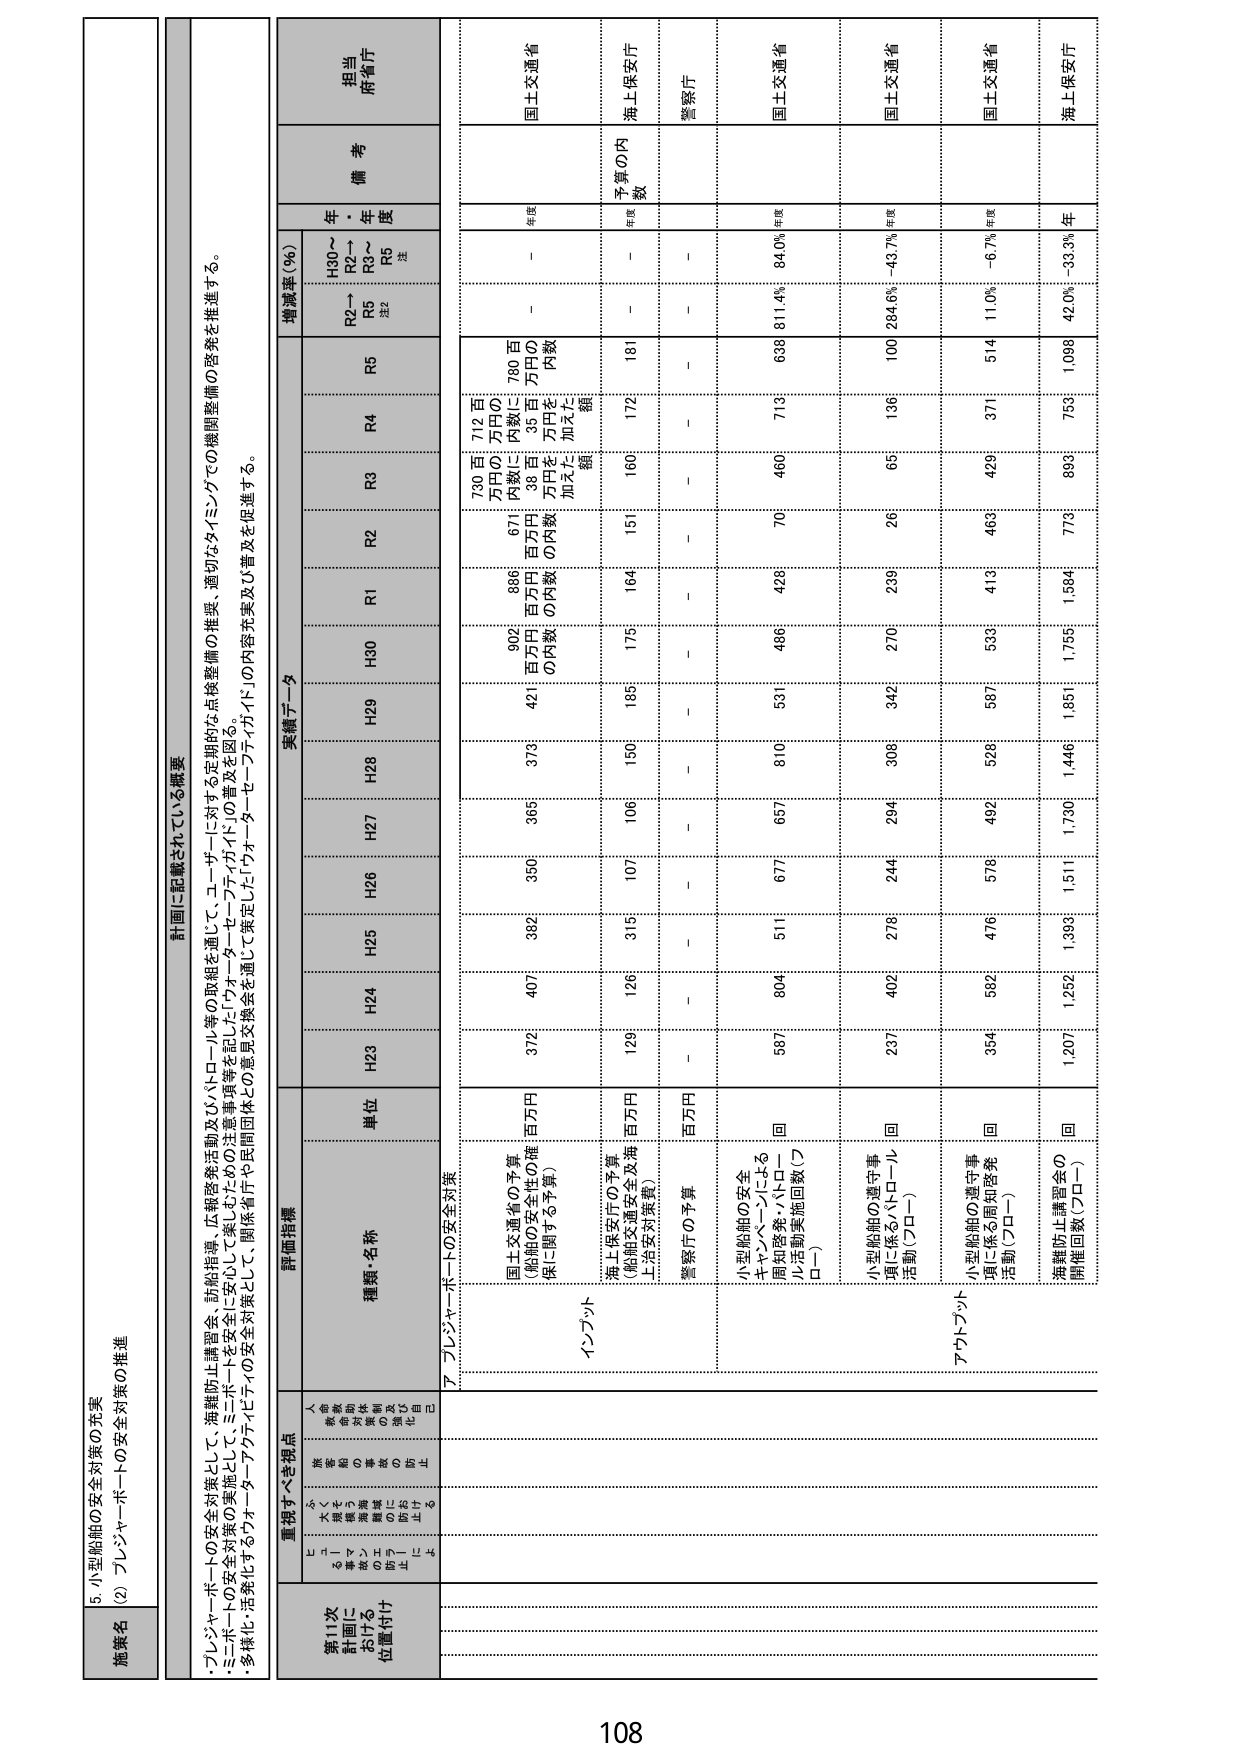
5. 小型船舶の安全対策の充実
(2) プレジャーボートの安全対策の推進

施策名

計画に記載されている概要
・プレジャーボートの安全対策として、海難防止講習会、訪船指導、広報啓発活動及びパトロール等の取組を通じて、ユーザーに対する定期的な点検整備の推奨、適切なタイミングでの機関整備の啓発を推進する。
・ミニボートの安全対策の実施として、ミニボートを安全に安心して楽しむための注意事項等を記した「ウォーターファイブガイド」の普及を図る。
・多様化・活発化するウォーターアクティビティの安全対策として、関係省庁や民間団体との意見交換会を通じて策定した「ウォーターセーフティガイド」の内容充実及び普及を促進する。

重視すべき視点
第11次計画における位置付け
安全対策の充実
海難防止のための取組
船舶の事故防止
海難防止のための取組
海難防止のための取組

評価指標
種類・名称
単位
実績データ
増減率（％）
備考
担当府省庁
H30～R2年
R2～R5年
R5年度
注

ア. プレジャーボートの安全対策

インプット
国土交通省の予算
（船舶の安全性の確保に関する予算）
百万円
372
407
382
350
365
373
421
902
886
671
730百万円の内数に38百万円を加えた額
712百万円の内数に35百万円を加えた額
－
－
国土交通省
年度

海上保安庁の予算
（船舶交通安全及海上治安対策費）
百万円
129
126
315
107
106
150
185
175
164
151
160
172
181
－
－
海上保安庁
年度

警察庁の予算
百万円
－
－
－
－
－
－
－
－
－
－
－
－
－
－
－
警察庁

アウトプット
小型船舶の安全キャパシティ向上を
関知啓発・パトロール活動実施回数（フロー）
回
587
804
511
677
687
810
531
486
426
70
460
713
638
811.4%
84.0%
国土交通省
年度

小型船舶の遵守事項に係るパトロール活動（フロー）
回
237
402
276
244
294
306
342
270
239
26
65
136
100
264.6%
-43.7%
国土交通省
年度

小型船舶の遵守事項に係る関知啓発活動（フロー）
回
354
592
476
578
492
526
587
533
413
463
429
371
514
11.0%
-6.7%
国土交通省
年度

海難防止講習会の開催回数（フロー）
回
1,207
1,252
1,393
1,511
1,730
1,446
1,851
1,755
1,584
773
899
759
1,098
42.0%
-33.3%
海上保安庁
年度

108